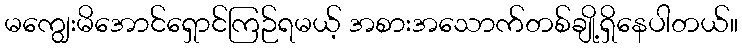
မကျွေးမိအောင်ရှောင်ကြဉ်ရမယ့် အစားအသောက်တစ်ချို့ရှိနေပါတယ်။